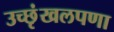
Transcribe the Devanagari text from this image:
उच्छृंखलपणा